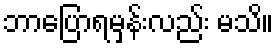
ဘာပြောရမှန်းလည်း မသိ။